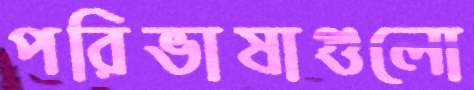
পরিভাষাগুলো